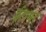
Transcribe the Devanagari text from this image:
ईटामर